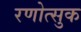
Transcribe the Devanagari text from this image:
रणोत्सुक